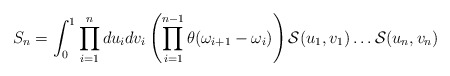
\begin{align*}S_{n}= \int_{0}^{1} \prod_{i =1}^{n}du_{i}dv_{i}\left(\prod_{i=1}^{n-1} \theta(\omega_{i+1}-\omega_{i})\right) {\cal S}(u_{1},v_{1})\dots{\cal S} (u_{n},v_{n})\end{align*}